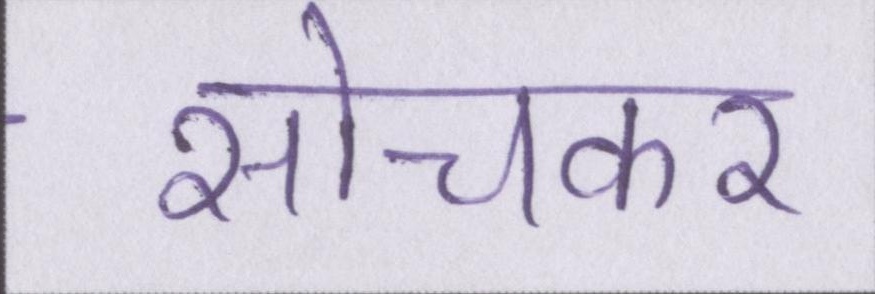
सोचकर